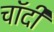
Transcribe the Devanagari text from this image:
चाॅदी